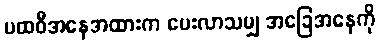
ပထဝီအနေအထားက ပေးလာသမျှ အခြေအနေကို